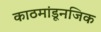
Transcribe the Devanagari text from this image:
काठमांडूनजिक